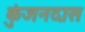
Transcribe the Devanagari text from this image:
कुंजनदास